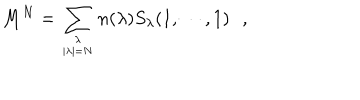
LaTeX: M ^ { N } = \sum _ { { \lambda \atop | \lambda | = N } } n ( \lambda ) S _ { \lambda } ( 1 , \cdots , 1 ) \, \, \, \, ,